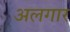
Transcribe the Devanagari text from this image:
अलगार